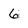
Character: 6